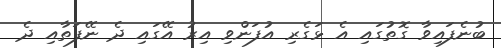
ބުނެފައިވާ ގޮތުގައި އެ ޅަގެރި އުފަންވި އިރު އޭގައި ދެ ނޭފަތާއި ދެ